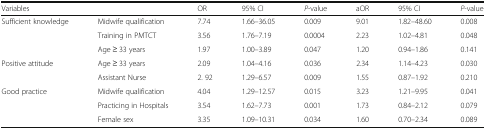
<table><thead><tr><td colspan="2"><b>Variables</b></td><td><b>OR</b></td><td><b>95% CI</b></td><td><b><i>P</i>-value</b></td><td><b>aOR</b></td><td><b>95% CI</b></td><td><b><i>P</i>-value</b></td></tr></thead><tbody><tr><td rowspan="3">Sufficient knowledge</td><td>Midwife qualification</td><td>7.74</td><td>1.66–36.05</td><td>0.009</td><td>9.01</td><td>1.82–48.60</td><td>0.008</td></tr><tr><td>Training in PMTCT</td><td>3.56</td><td>1.76–7.19</td><td>0.0004</td><td>2.23</td><td>1.02–4.81</td><td>0.048</td></tr><tr><td>Age ≥ 33 years</td><td>1.97</td><td>1.00–3.89</td><td>0.047</td><td>1.20</td><td>0.94–1.86</td><td>0.141</td></tr><tr><td rowspan="2">Positive attitude</td><td>Age ≥ 33 years</td><td>2.09</td><td>1.04–4.16</td><td>0.036</td><td>2.34</td><td>1.14–4.23</td><td>0.030</td></tr><tr><td>Assistant Nurse</td><td>2. 92</td><td>1.29–6.57</td><td>0.009</td><td>1.55</td><td>0.87–1.92</td><td>0.210</td></tr><tr><td rowspan="3">Good practice</td><td>Midwife qualification</td><td>4.04</td><td>1.29–12.57</td><td>0.015</td><td>3.23</td><td>1.21–9.95</td><td>0.041</td></tr><tr><td>Practicing in Hospitals</td><td>3.54</td><td>1.62–7.73</td><td>0.001</td><td>1.73</td><td>0.84–2.12</td><td>0.079</td></tr><tr><td>Female sex</td><td>3.35</td><td>1.09–10.31</td><td>0.034</td><td>1.60</td><td>0.70–2.34</td><td>0.089</td></tr></tbody></table>